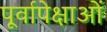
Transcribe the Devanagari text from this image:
पूर्वापेक्षाओं